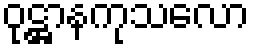
ဝုဋ္ဌာနကုသလော